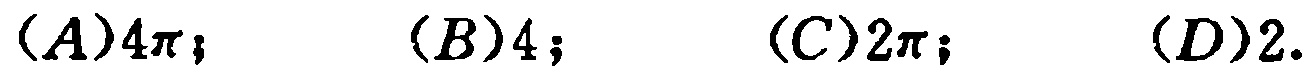
$(A)4\pi; \quad (B)4; \quad (C)2\pi; \quad (D)2.$